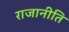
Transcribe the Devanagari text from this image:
राजानीति